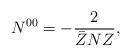
LaTeX: \begin{align*}N^{00} = - \frac{2}{\bar Z N Z},\end{align*}